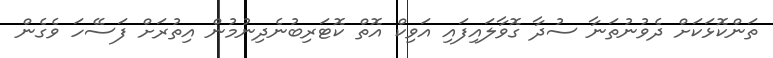
ތަންކޮޅަކަށް ދެވުނުތަނާ ސުދާ ގޮވާލައިފައި އަވިކް އޮތް ކޮޓަރިބުނެދިނުމުން އިތުރަށް ފަސޭހަ ވެގެން